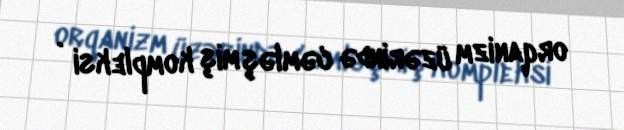
orqanizm üzərində cəmləşmiş kompleksi .